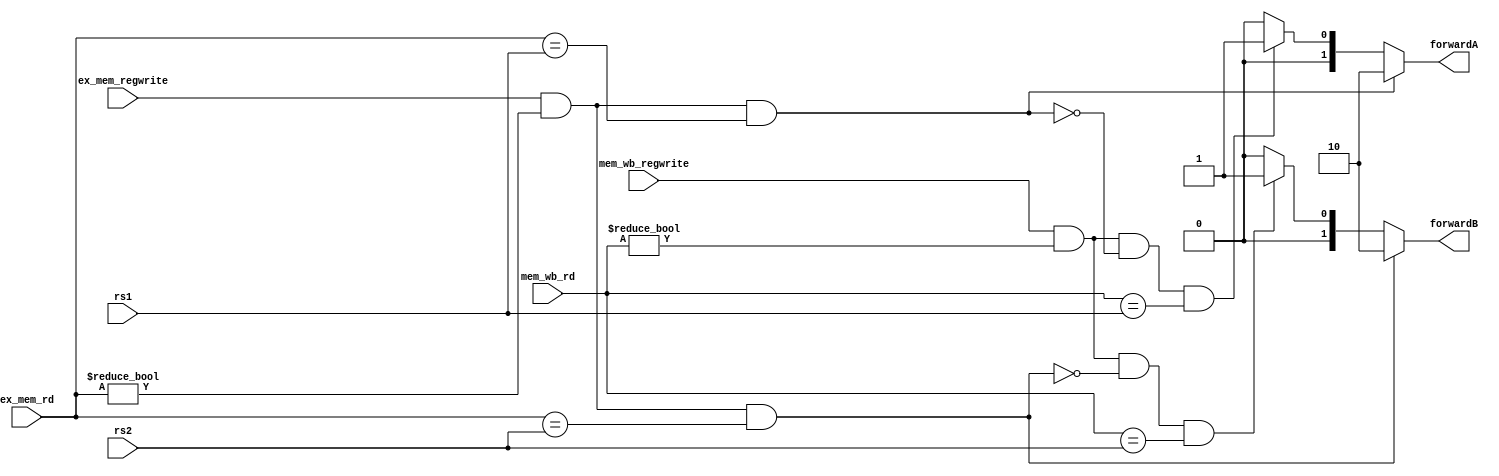
`timescale 1ns / 1ps
//////////////////////////////////////////////////////////////////////////////////
// Company: 
// Engineer: 
// 
// Design Name: 
// Module Name: forwarding
// Project Name: 
// Target Devices: 
// Tool Versions: 
// Description: 
// 
// Dependencies: 
// 
// Revision:
// Revision 0.01 - File Created
// Additional Comments:
// 
//////////////////////////////////////////////////////////////////////////////////


module forwarding(input [4:0] rs1,
                  input [4:0] rs2,
                  input [4:0] ex_mem_rd,
                  input [4:0] mem_wb_rd,
                  input ex_mem_regwrite,
                  input mem_wb_regwrite,
                  output reg [1:0] forwardA,forwardB);
                  

always@(*) begin
   if(ex_mem_regwrite && (ex_mem_rd != 5'b0) && (ex_mem_rd == rs1)) //EX hazard rs1
      forwardA <= 2'b10;
    else if(mem_wb_regwrite && (mem_wb_rd != 5'b0) && 
                          !(ex_mem_regwrite && (ex_mem_rd != 5'b0) && (ex_mem_rd == rs1)) && 
                          (mem_wb_rd == rs1)) //MEM hazard rs1
      forwardA <= 2'b01;
    else
      forwardA <= 2'b00; //no hazard  
    
    if(ex_mem_regwrite && (ex_mem_rd != 5'b0) && (ex_mem_rd == rs2)) //EX hazard rs2
      forwardB <= 2'b10;
   
    else if(mem_wb_regwrite && (mem_wb_rd != 5'b0) && 
                          !(ex_mem_regwrite && (ex_mem_rd != 5'b0) && (ex_mem_rd == rs2)) &&
                          (mem_wb_rd == rs2)) //MEM hazard rs1
      forwardB <= 2'b01;
    else
      forwardB <= 2'b00; //no hazard
      
    end
endmodule